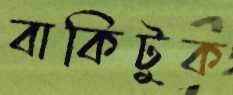
বাকিটুক